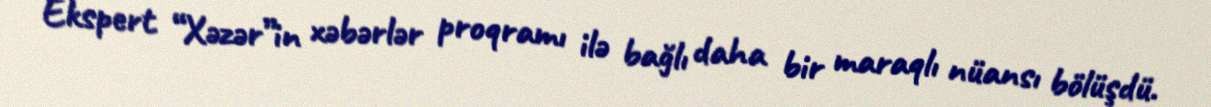
Ekspert “Xəzər”in xəbərlər proqramı ilə bağlı daha bir maraqlı nüansı bölüşdü.